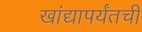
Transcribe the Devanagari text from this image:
खांद्यापर्यंतची